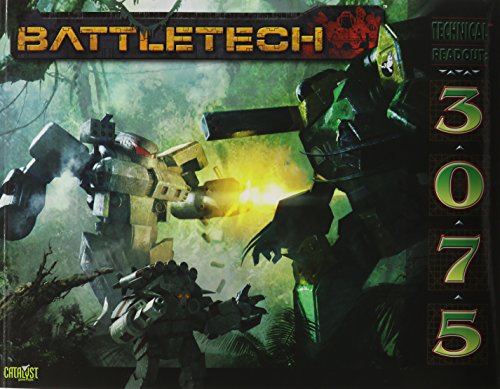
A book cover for Battletech Technical Readout 3075; Catalyst Game Labs; Science Fiction & Fantasy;